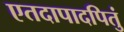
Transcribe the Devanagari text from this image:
एतदापादपितुं